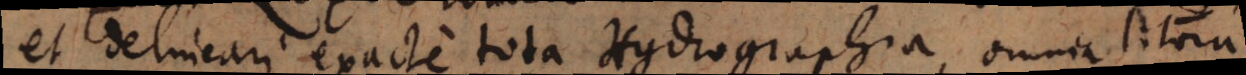
et delineari exacte tota Hydrographia, omnia litora